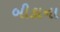
બીકાના